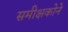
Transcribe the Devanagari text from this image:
समीक्षकोने